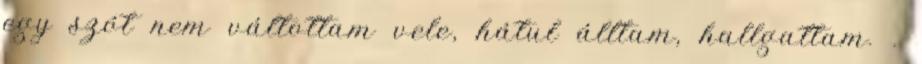
egy szót nem váltottam vele, hátul álltam, hallgattam. .